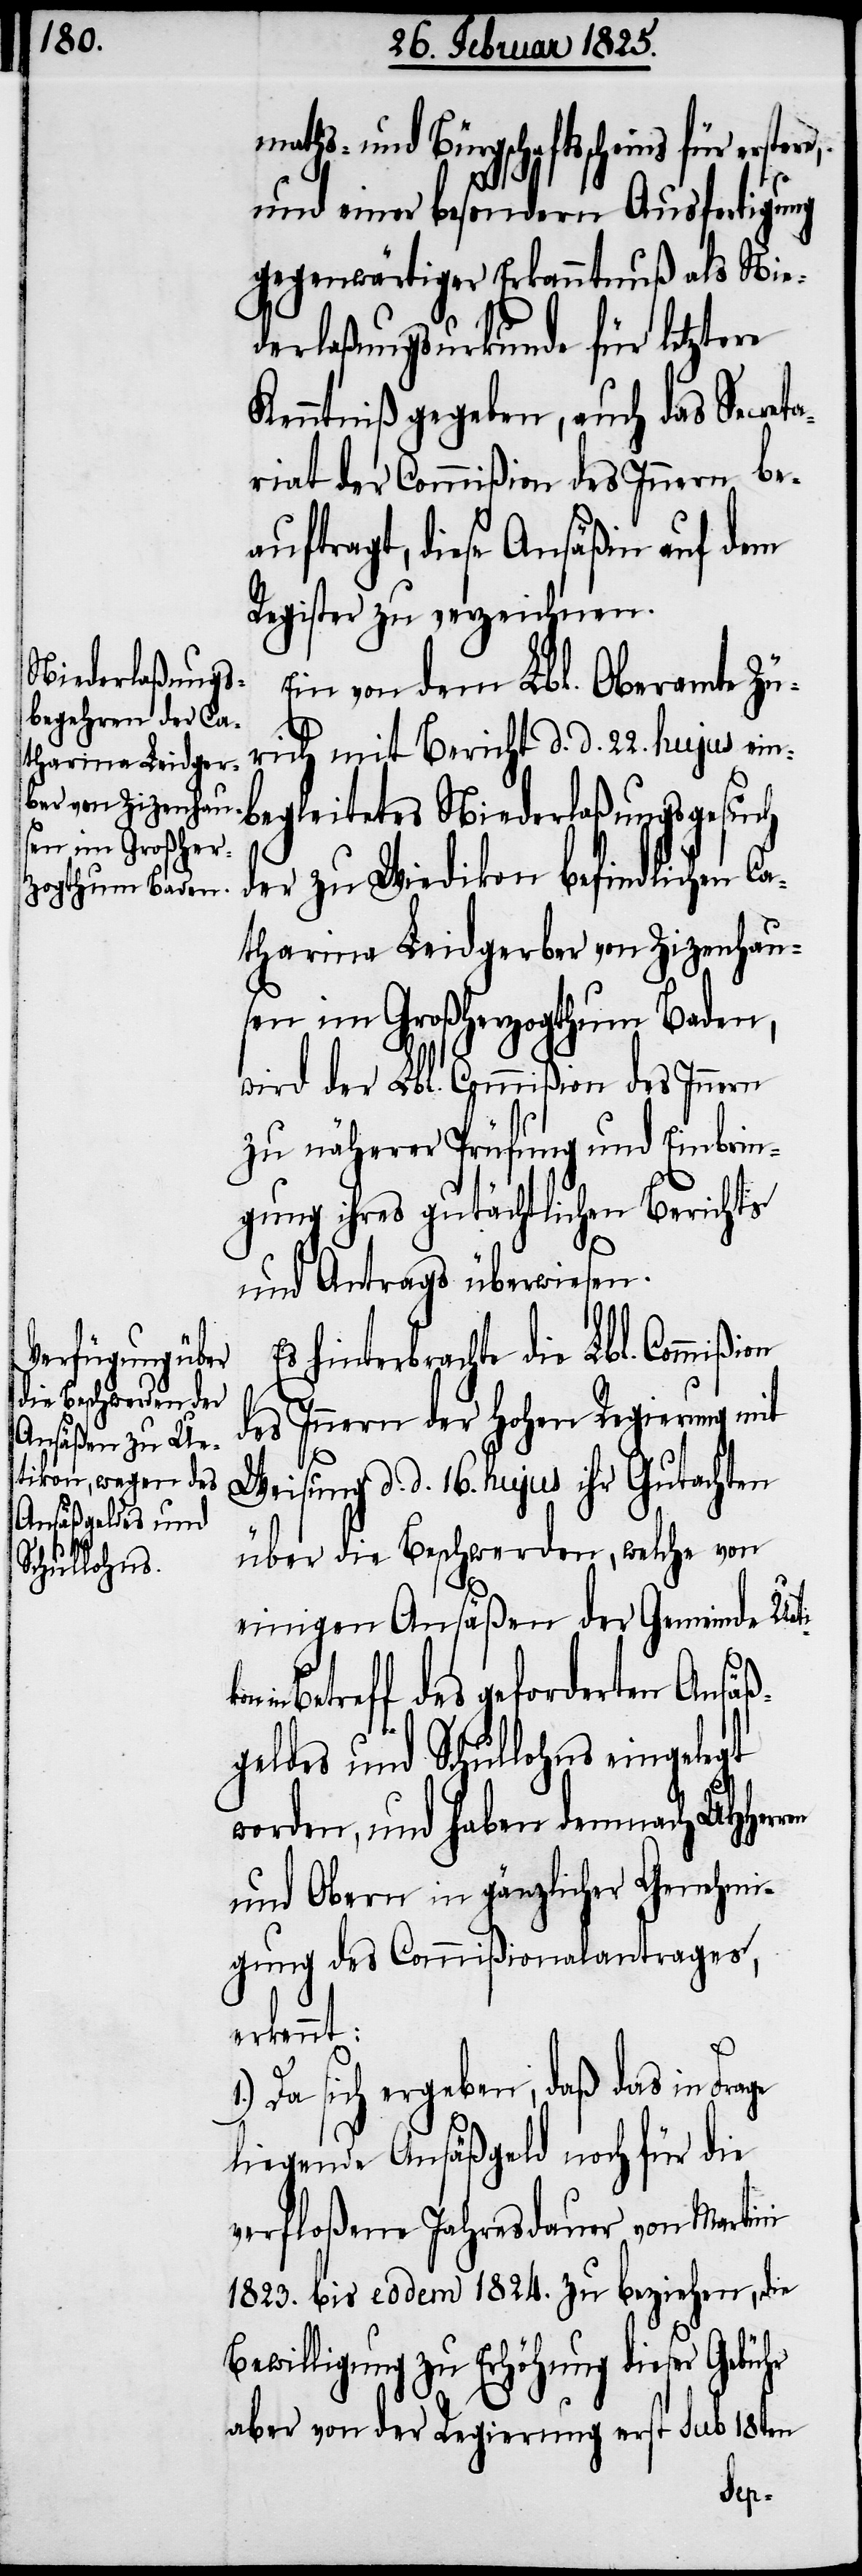
en im Großher¬
zogthum Baden,

maths- und Bürgschaftsscheins für
und einer besondern Ausfertigung
gegenwärtiger Erkanntnuß als Nie¬
derlaßungsurkunde für letztere
Kenntniß gegeben, auch das Secret¬
ariat der Commißion des Innern be¬
auftragt, diese Ansäßin auf dem
Register zu verzeichnen.
Ein von dem Lbl. Oberamte Zü¬
rich mit Bericht d. d. 22. hujus ein¬
begleitetes Niederlaßungsgesuch
der zu Wiedikon befindlichen Ca¬
tharina Leidgerber von Zizenhaus¬
wird der Lbl. Commißion des Innern
zu näherer Prüfung und Einbrin¬
gung ihres gutächtlichen Berichts
und Antrags überwiesen.
ge
Es hinterbrachte die Lbl. Commißion
des Innern der Hohen Regierung mit
Weisung d. d. 16. hujus ihr Gutachten
über die Beschwerden, welche von
einigen Ansäßen der Gemeinde Uet¬
Betreff des geforderten Ansäß¬
geldes und Schullohns eingelegt
worden, und haben demnach UHHer¬
und Obern in gänzlicher Genehmi¬
gung des Commißionalantrages,
erkennt:
Da sich ergeben, daß das in Fra¬
liegende Ansäßgeld noch für die
verfloßene Jahresdauer von Martini
1823. bis eodem 1824. zu beziehen, die
Bewilligung zu Erhöhung dieser Gebühr
aber von der Regierung erst sub 18ten